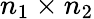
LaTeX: n_{1}\times n_{2}